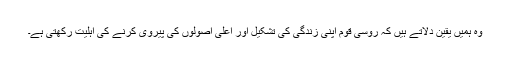
وہ ہمیں یقین دلاتے ہیں کہ روسی قوم اپنی زندگی کی تشکیل اور اعلیٰ اصولوں کی پیروی کرنے کی اہلیت رکھتی ہے۔